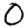
Digit: 0